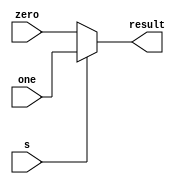
module muxC (output reg [31:0] result, input s, input [31:0] zero, one);

  always @(s,zero, one)
    if (s == 0) begin
      result = zero;
    end else begin
      result = one;
    end
endmodule